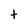
Character: t